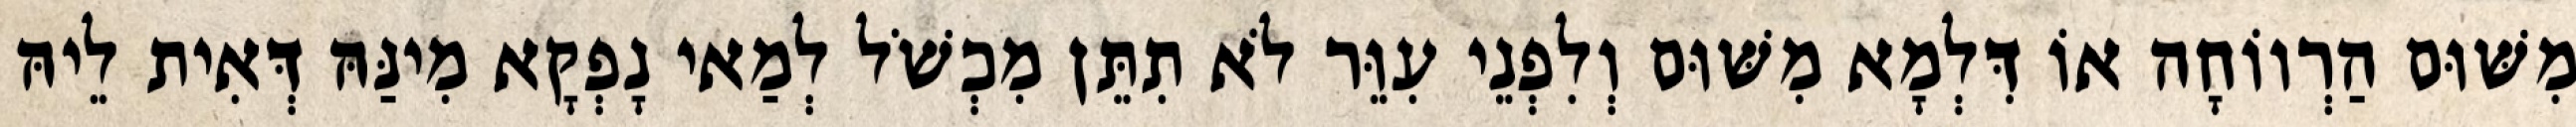
מִשּׁוּם הַרְווֹחָה אוֹ דִּלְמָא מִשּׁוּם וְלִפְנֵי עִוֵּר לֹא תִתֵּן מִכְשֹׁל לְמַאי נָפְקָא מִינַּהּ דְּאִית לֵיהּ